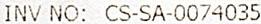
INV NO: CS-SA-0074035